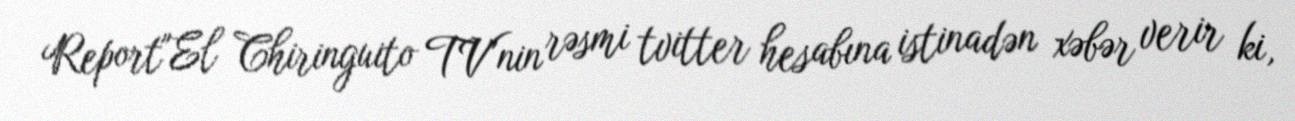
Report"El Chiringuito TV"nin rəsmi tvitter hesabına istinadən xəbər verir ki,